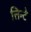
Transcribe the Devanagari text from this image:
त्तिन्टे